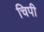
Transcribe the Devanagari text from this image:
चिपी